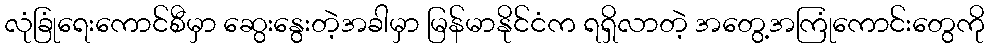
လုံခြုံရေးကောင်စီမှာ ဆွေးနွေးတဲ့အခါမှာ မြန်မာနိုင်ငံက ရရှိလာတဲ့ အတွေ့အကြုံကောင်းတွေကို